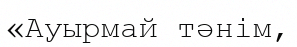
«Ауырмай тәнім,